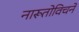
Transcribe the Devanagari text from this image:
नारूतोविचने